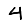
Digit: 4